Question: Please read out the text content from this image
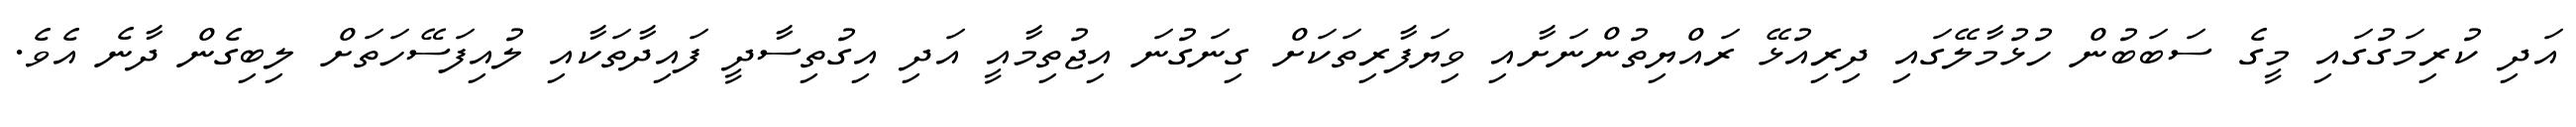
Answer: އަދި ކުރިމަގުގައި މީގެ ސަބަބުން ހުޅުމާލޭގައި ދިރިއުޅޭ ރައްޔިތުންނަށާއި ވިޔަފާރިތަކަށް ގިނަގުނަ އިޖުތިމާއީ އަދި އިގުތިސާދީ ފައިދާތަކާއި ލުއިފަސޭހަތަށް ލިބިގެން ދާނެ އެވެ.